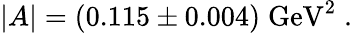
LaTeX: |A|=(0.115\pm 0.004)\; \mathrm{GeV}^{2}\; .